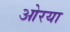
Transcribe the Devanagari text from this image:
ओरया